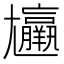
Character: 𡰠